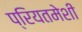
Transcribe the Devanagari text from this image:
प्रियतमेशी